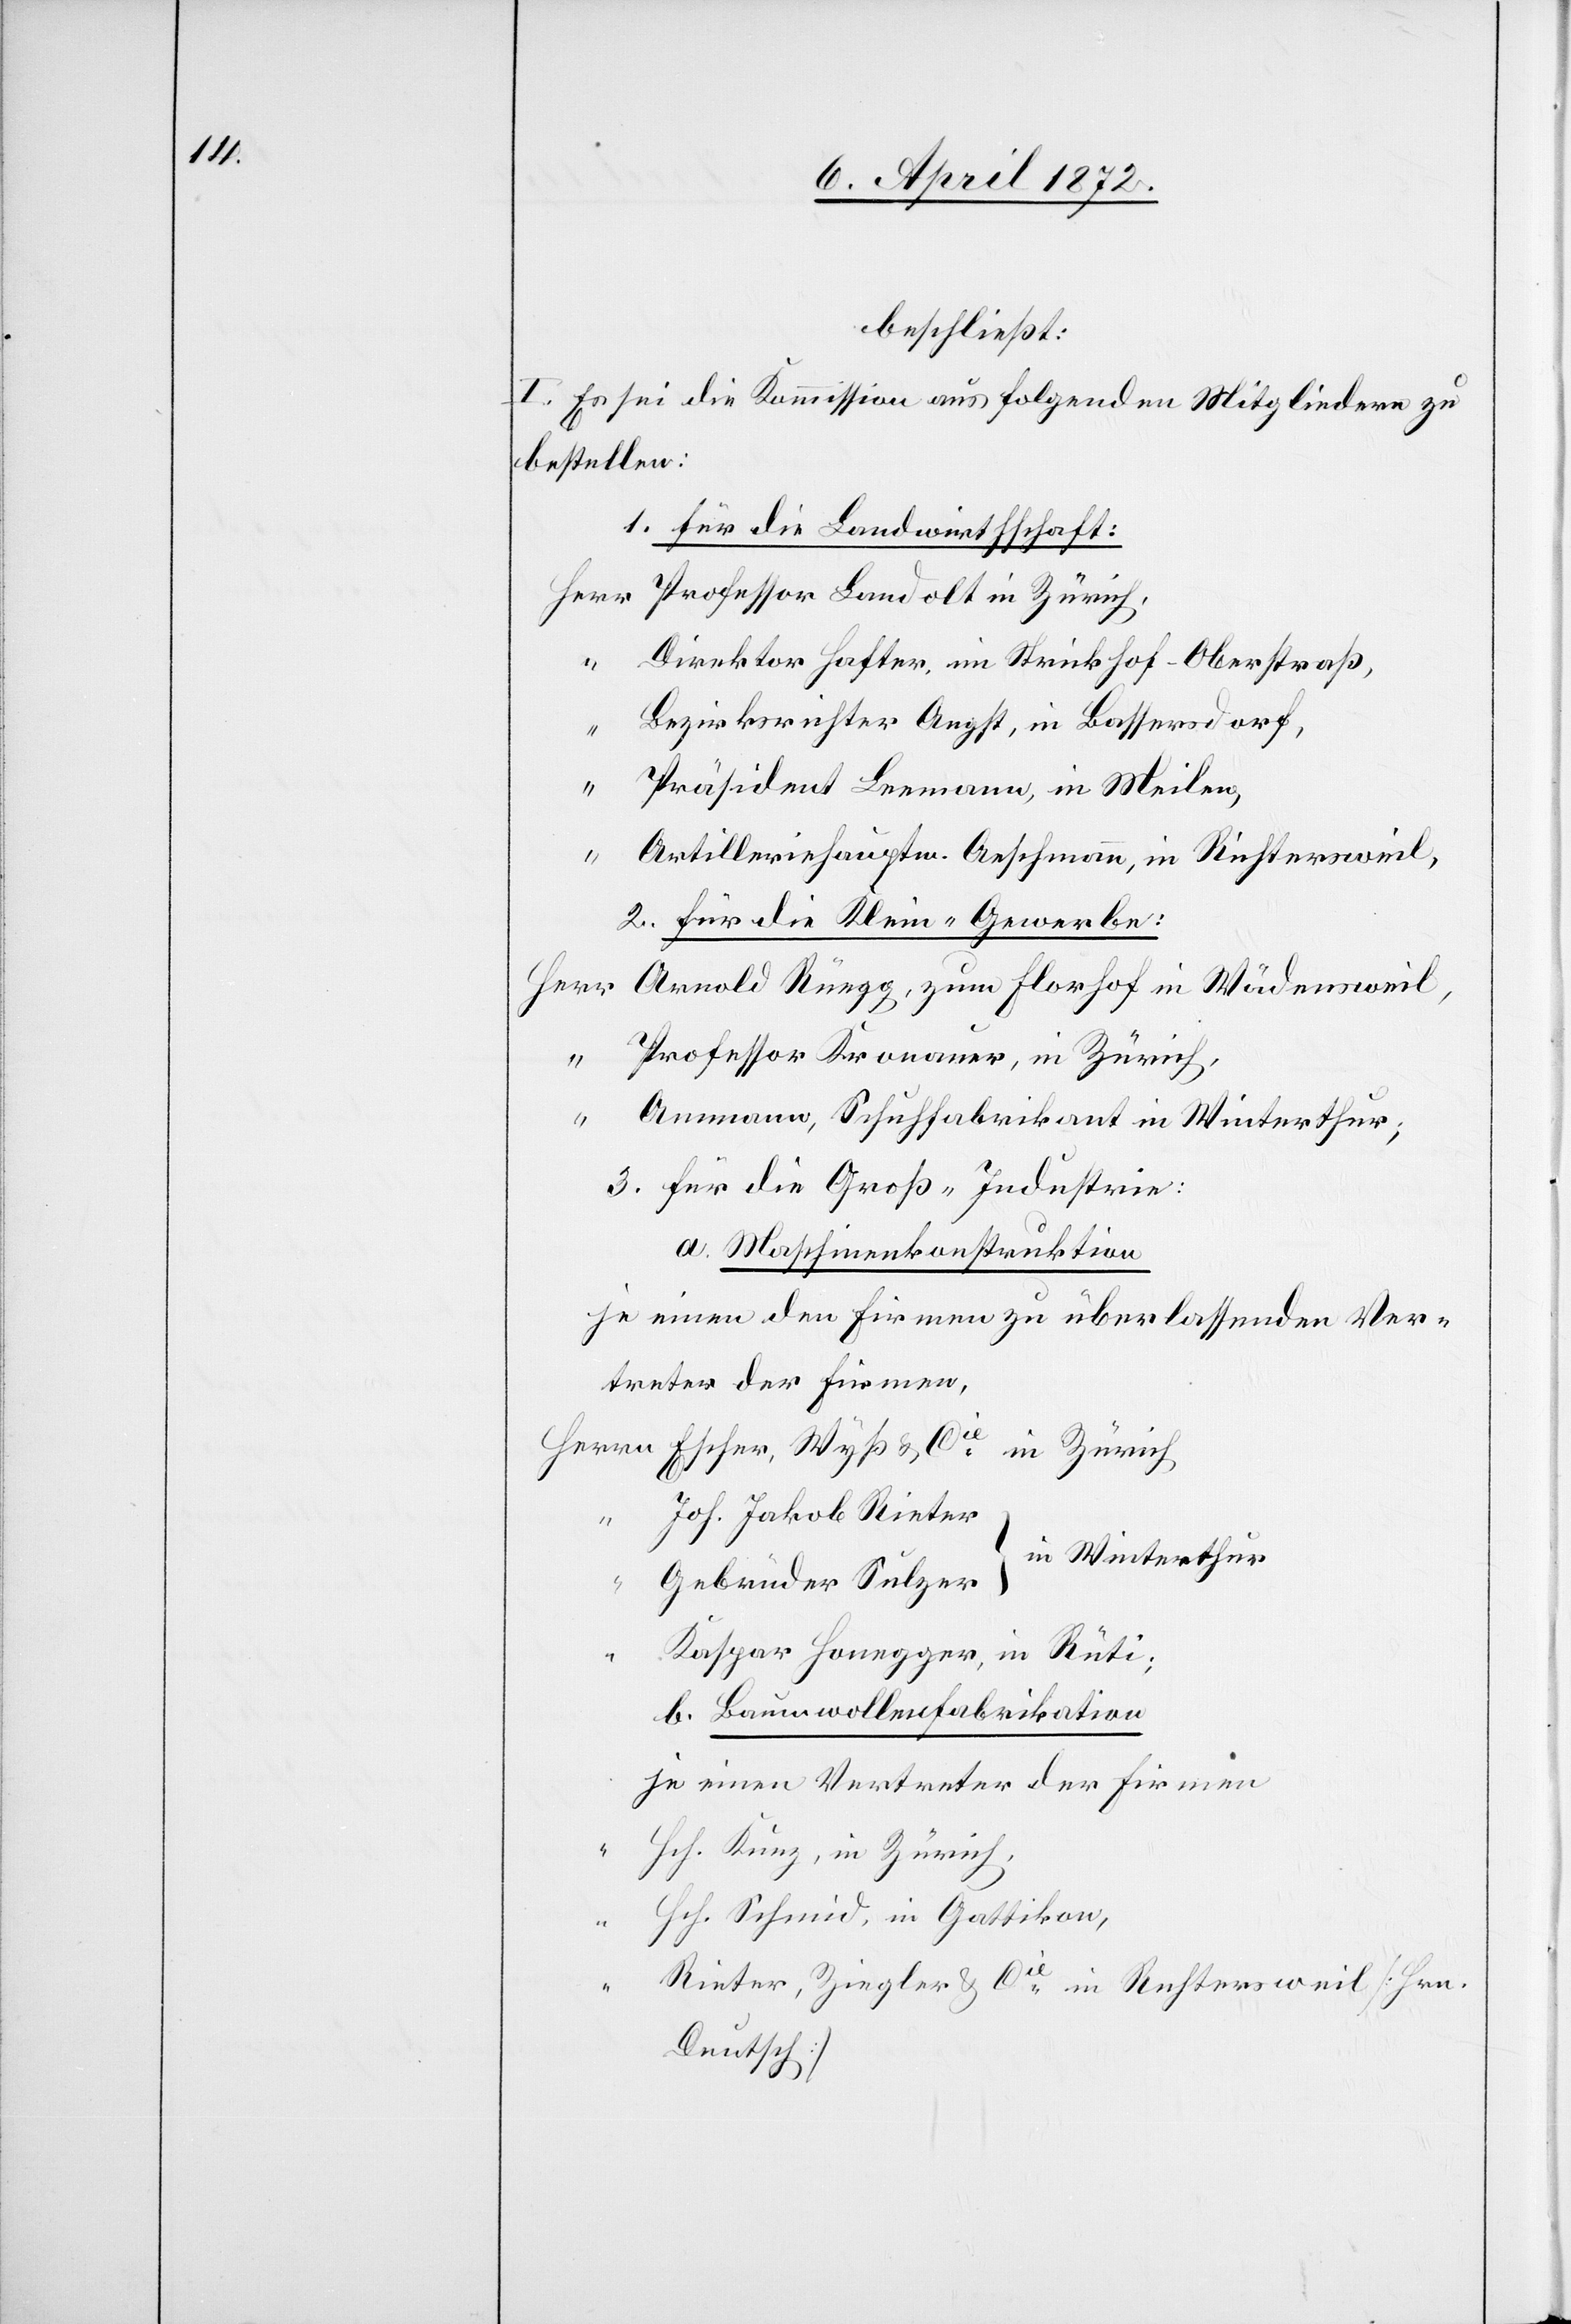
beschließt:
I. Es sei die Kommission aus folgenden Mitgliedern zu
bestellen:
1. Für die Landwirtschaft
Professor Landolt in Zürich,
Direktor Hafter, im Strickhof-Oberstraß,
“
Bezirksrichter Angst, in Bassersdorf,
Präsident Leemann, in Meilen,
“
Artilleriehauptm. Aeschmann, in Richtersweil,
2. Für die Klein-Gewerbe:
Professor Kronauer, in Zürich,
Ammann, Schuhfabrikant in Winterthur;
3. Für die Groß-Industrie:
a. Maschinenkonstruktion
je einen den Firmen zu überlassenden Ver¬
treter der Firmen,
Escher, Wyß u. Cie in Zürich
Joh. Jakob Rieter
in Winterthur
Gebrüder Sulzer
“
Kaspar Honegger, in Rüti
b. Baumwollenfabrikation
je einen Vertreter der Firmen
“
Hch. Künz, in Zürich,
Hch. Schmid, in Gattikon,
“
Rieter, Ziegler u. Cie in Richtersweil [Hrn.
Duntsch]